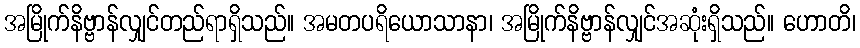
အမြိုက်နိဗ္ဗာန်လျှင်တည်ရာရှိသည်။ အမတပရိယောသာနာ၊ အမြိုက်နိဗ္ဗာန်လျှင်အဆုံးရှိသည်။ ဟောတိ၊